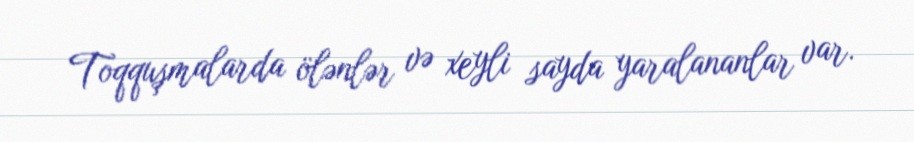
Toqquşmalarda ölənlər və xeyli sayda yaralananlar var.